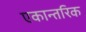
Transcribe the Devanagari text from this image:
एकान्तरिक